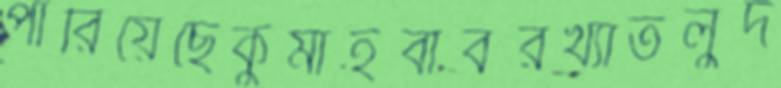
পারিয়েছেকুমাইবাবরখ্যাতলুদ